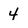
Character: 4